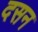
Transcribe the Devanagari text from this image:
दसन